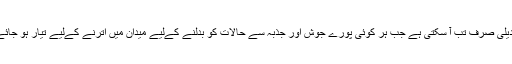
تبدیلی صرف تب آ سکتی ہے جب ہر کوئی پورے جوش اور جذبہ سے حالات کو بدلنے کےلیے میدان میں اترنے کےلیے تیار ہو جائے۔